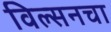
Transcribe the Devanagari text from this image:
विल्सनचा